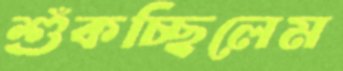
শুঁকচ্ছিলেম